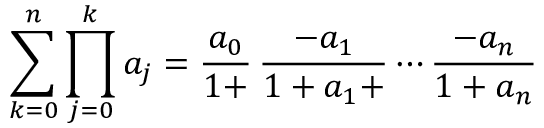
\sum _ { k = 0 } ^ { n } \prod _ { j = 0 } ^ { k } a _ { j } = { \frac { a _ { 0 } } { 1 + } } \, { \frac { - a _ { 1 } } { 1 + a _ { 1 } + } } \cdots { \frac { - a _ { n } } { 1 + a _ { n } } }